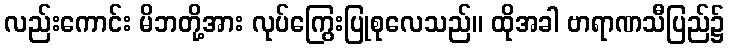
လည်းကောင်း မိဘတို့အား လုပ်ကြွေးပြုစုလေသည်။ ထိုအခါ ဗာရာဏသီပြည်၌